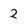
Character: 2